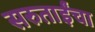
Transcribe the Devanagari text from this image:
सरुताईंचा